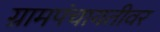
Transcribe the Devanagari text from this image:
ग्रामपंचायतीवर